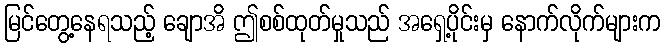
မြင်တွေ့နေရသည့် ချောအိ ဤစစ်ထုတ်မှုသည် အရှေ့ပိုင်းမှ နောက်လိုက်များက